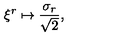
\xi ^ { r } \mapsto \frac { \sigma _ { r } } { \sqrt { 2 } } ,